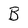
Character: B